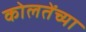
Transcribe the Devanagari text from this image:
कोलतेंच्या